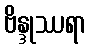
ဗိန္ဒုဿရာ